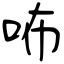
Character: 咘